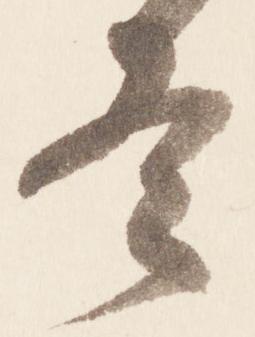
冬